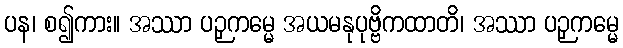
ပန၊ စ၍ကား။ အဿာ ပဉှကမ္မေ အယမနုပုဗ္ဗိကထာတိ၊ အဿာ ပဉှကမ္မေ